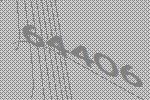
64406